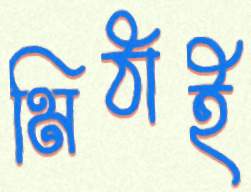
মিঠাই